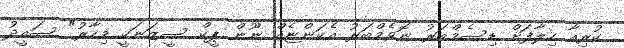
ކުރިއާ ހިލާފަށް ޑިސެމްބަރު ނޮވެމްބަރު އެކަންޏެއް ނޫން ޕީކް ސީޒަނަކީ މިހާރު" ސައީދު